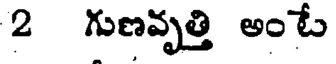
2 గుణవృత్తి అంటే